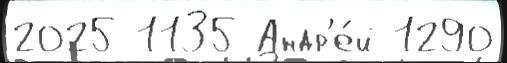
2025 1135 Андр'е́й 1290